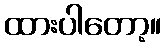
ထားပါတော့။